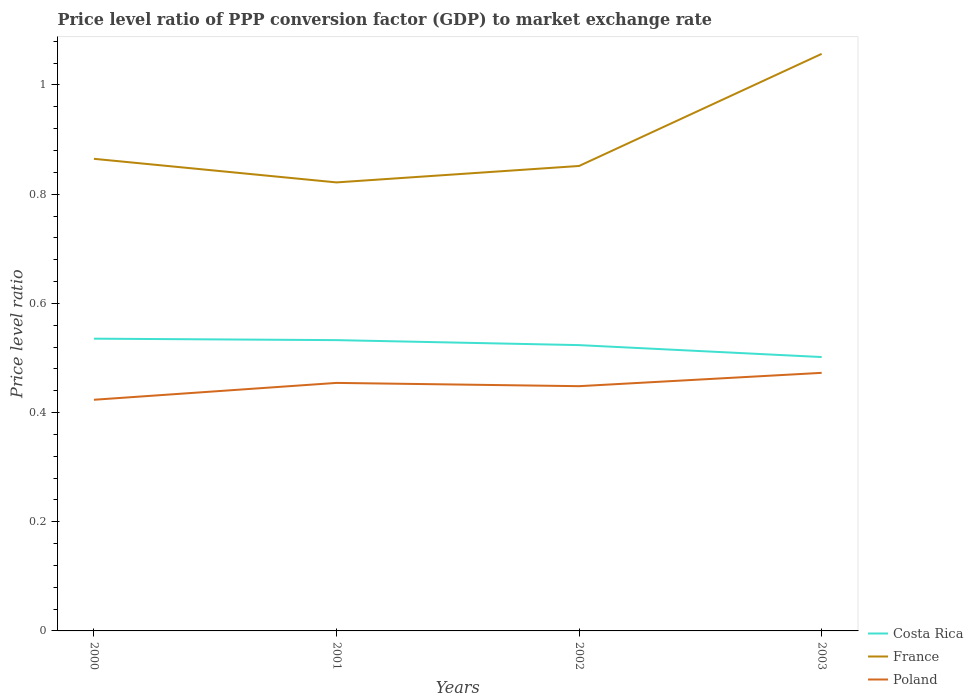
| Years | Costa Rica | France | Poland |
 | --- | --- | --- | --- |
 | 2000 | 0.535 | 0.865 | 0.423 |
 | 2001 | 0.533 | 0.822 | 0.454 |
 | 2002 | 0.524 | 0.852 | 0.448 |
 | 2003 | 0.502 | 1.06 | 0.473 |